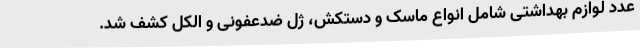
عدد لوازم بهداشتی شامل انواع ماسک و دستکش، ژل ضدعفونی و الکل کشف شد.